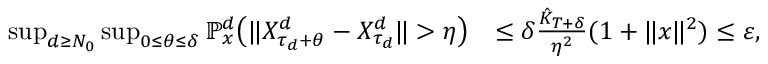
\begin{array} { r l } { \operatorname* { s u p } _ { d \geq N _ { 0 } } \operatorname* { s u p } _ { 0 \leq \theta \leq \delta } \mathbb { P } _ { x } ^ { d } \big ( \| X _ { \tau _ { d } + \theta } ^ { d } - X _ { \tau _ { d } } ^ { d } \| > \eta \big ) } & { \leq \delta \frac { \hat { K } _ { T + \delta } } { \eta ^ { 2 } } ( 1 + \| x \| ^ { 2 } ) \leq \varepsilon , } \end{array}